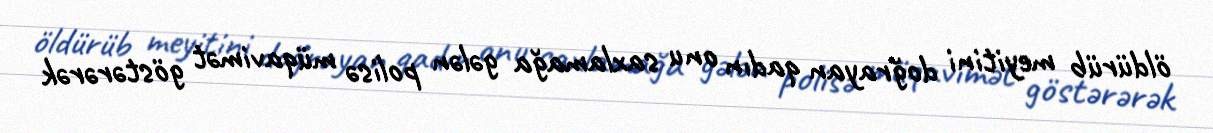
öldürüb meyitini doğrayan qadın onu saxlamağa gələn polisə müqavimət göstərərək